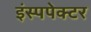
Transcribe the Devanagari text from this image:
इंस्पपेक्टर